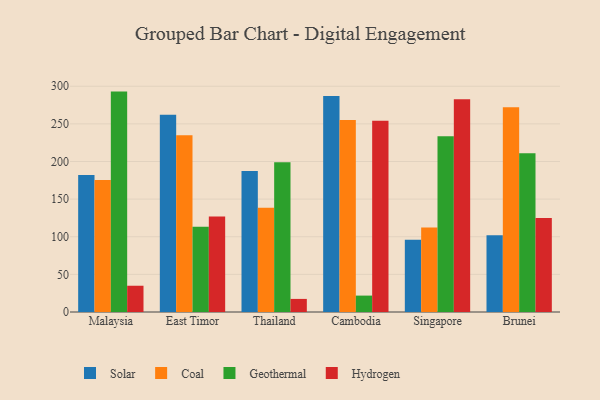
{"axis": {"x": "Country", "y": "Temperature (°C)"}, "legend": ["Coal", "Geothermal", "Hydrogen", "Solar"], "data": [{"x": "Malaysia", "y": 182.2, "type": "Solar"}, {"x": "Malaysia", "y": 175.4, "type": "Coal"}, {"x": "Malaysia", "y": 292.9, "type": "Geothermal"}, {"x": "Malaysia", "y": 34.9, "type": "Hydrogen"}, {"x": "East Timor", "y": 262.2, "type": "Solar"}, {"x": "East Timor", "y": 234.9, "type": "Coal"}, {"x": "East Timor", "y": 113.2, "type": "Geothermal"}, {"x": "East Timor", "y": 126.9, "type": "Hydrogen"}, {"x": "Thailand", "y": 187.3, "type": "Solar"}, {"x": "Thailand", "y": 138.4, "type": "Coal"}, {"x": "Thailand", "y": 198.9, "type": "Geothermal"}, {"x": "Thailand", "y": 17.4, "type": "Hydrogen"}, {"x": "Cambodia", "y": 287.2, "type": "Solar"}, {"x": "Cambodia", "y": 255.2, "type": "Coal"}, {"x": "Cambodia", "y": 21.8, "type": "Geothermal"}, {"x": "Cambodia", "y": 254.2, "type": "Hydrogen"}, {"x": "Singapore", "y": 95.9, "type": "Solar"}, {"x": "Singapore", "y": 112.3, "type": "Coal"}, {"x": "Singapore", "y": 233.6, "type": "Geothermal"}, {"x": "Singapore", "y": 282.7, "type": "Hydrogen"}, {"x": "Brunei", "y": 101.9, "type": "Solar"}, {"x": "Brunei", "y": 272.1, "type": "Coal"}, {"x": "Brunei", "y": 210.9, "type": "Geothermal"}, {"x": "Brunei", "y": 124.8, "type": "Hydrogen"}]}